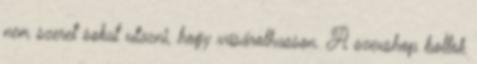
nem szeret sokat utazni, hogy vásárolhasson. A szexshop boltok